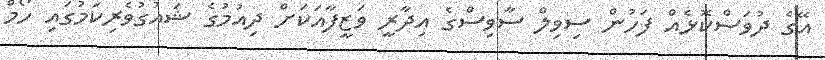
އޭގެ ދުވަސްކޮޅެއް ފަހުން ސިވިލް ސާވިސްގެ އިދާރީ ވަޒީފާއަކަށް ދިއުމުގެ ޝައުގުވެރިކަމުގައި ހޯމް